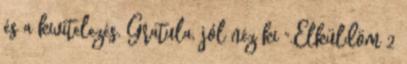
és a kivitelezés. Gratula, jól néz ki ".Elküldöm 2